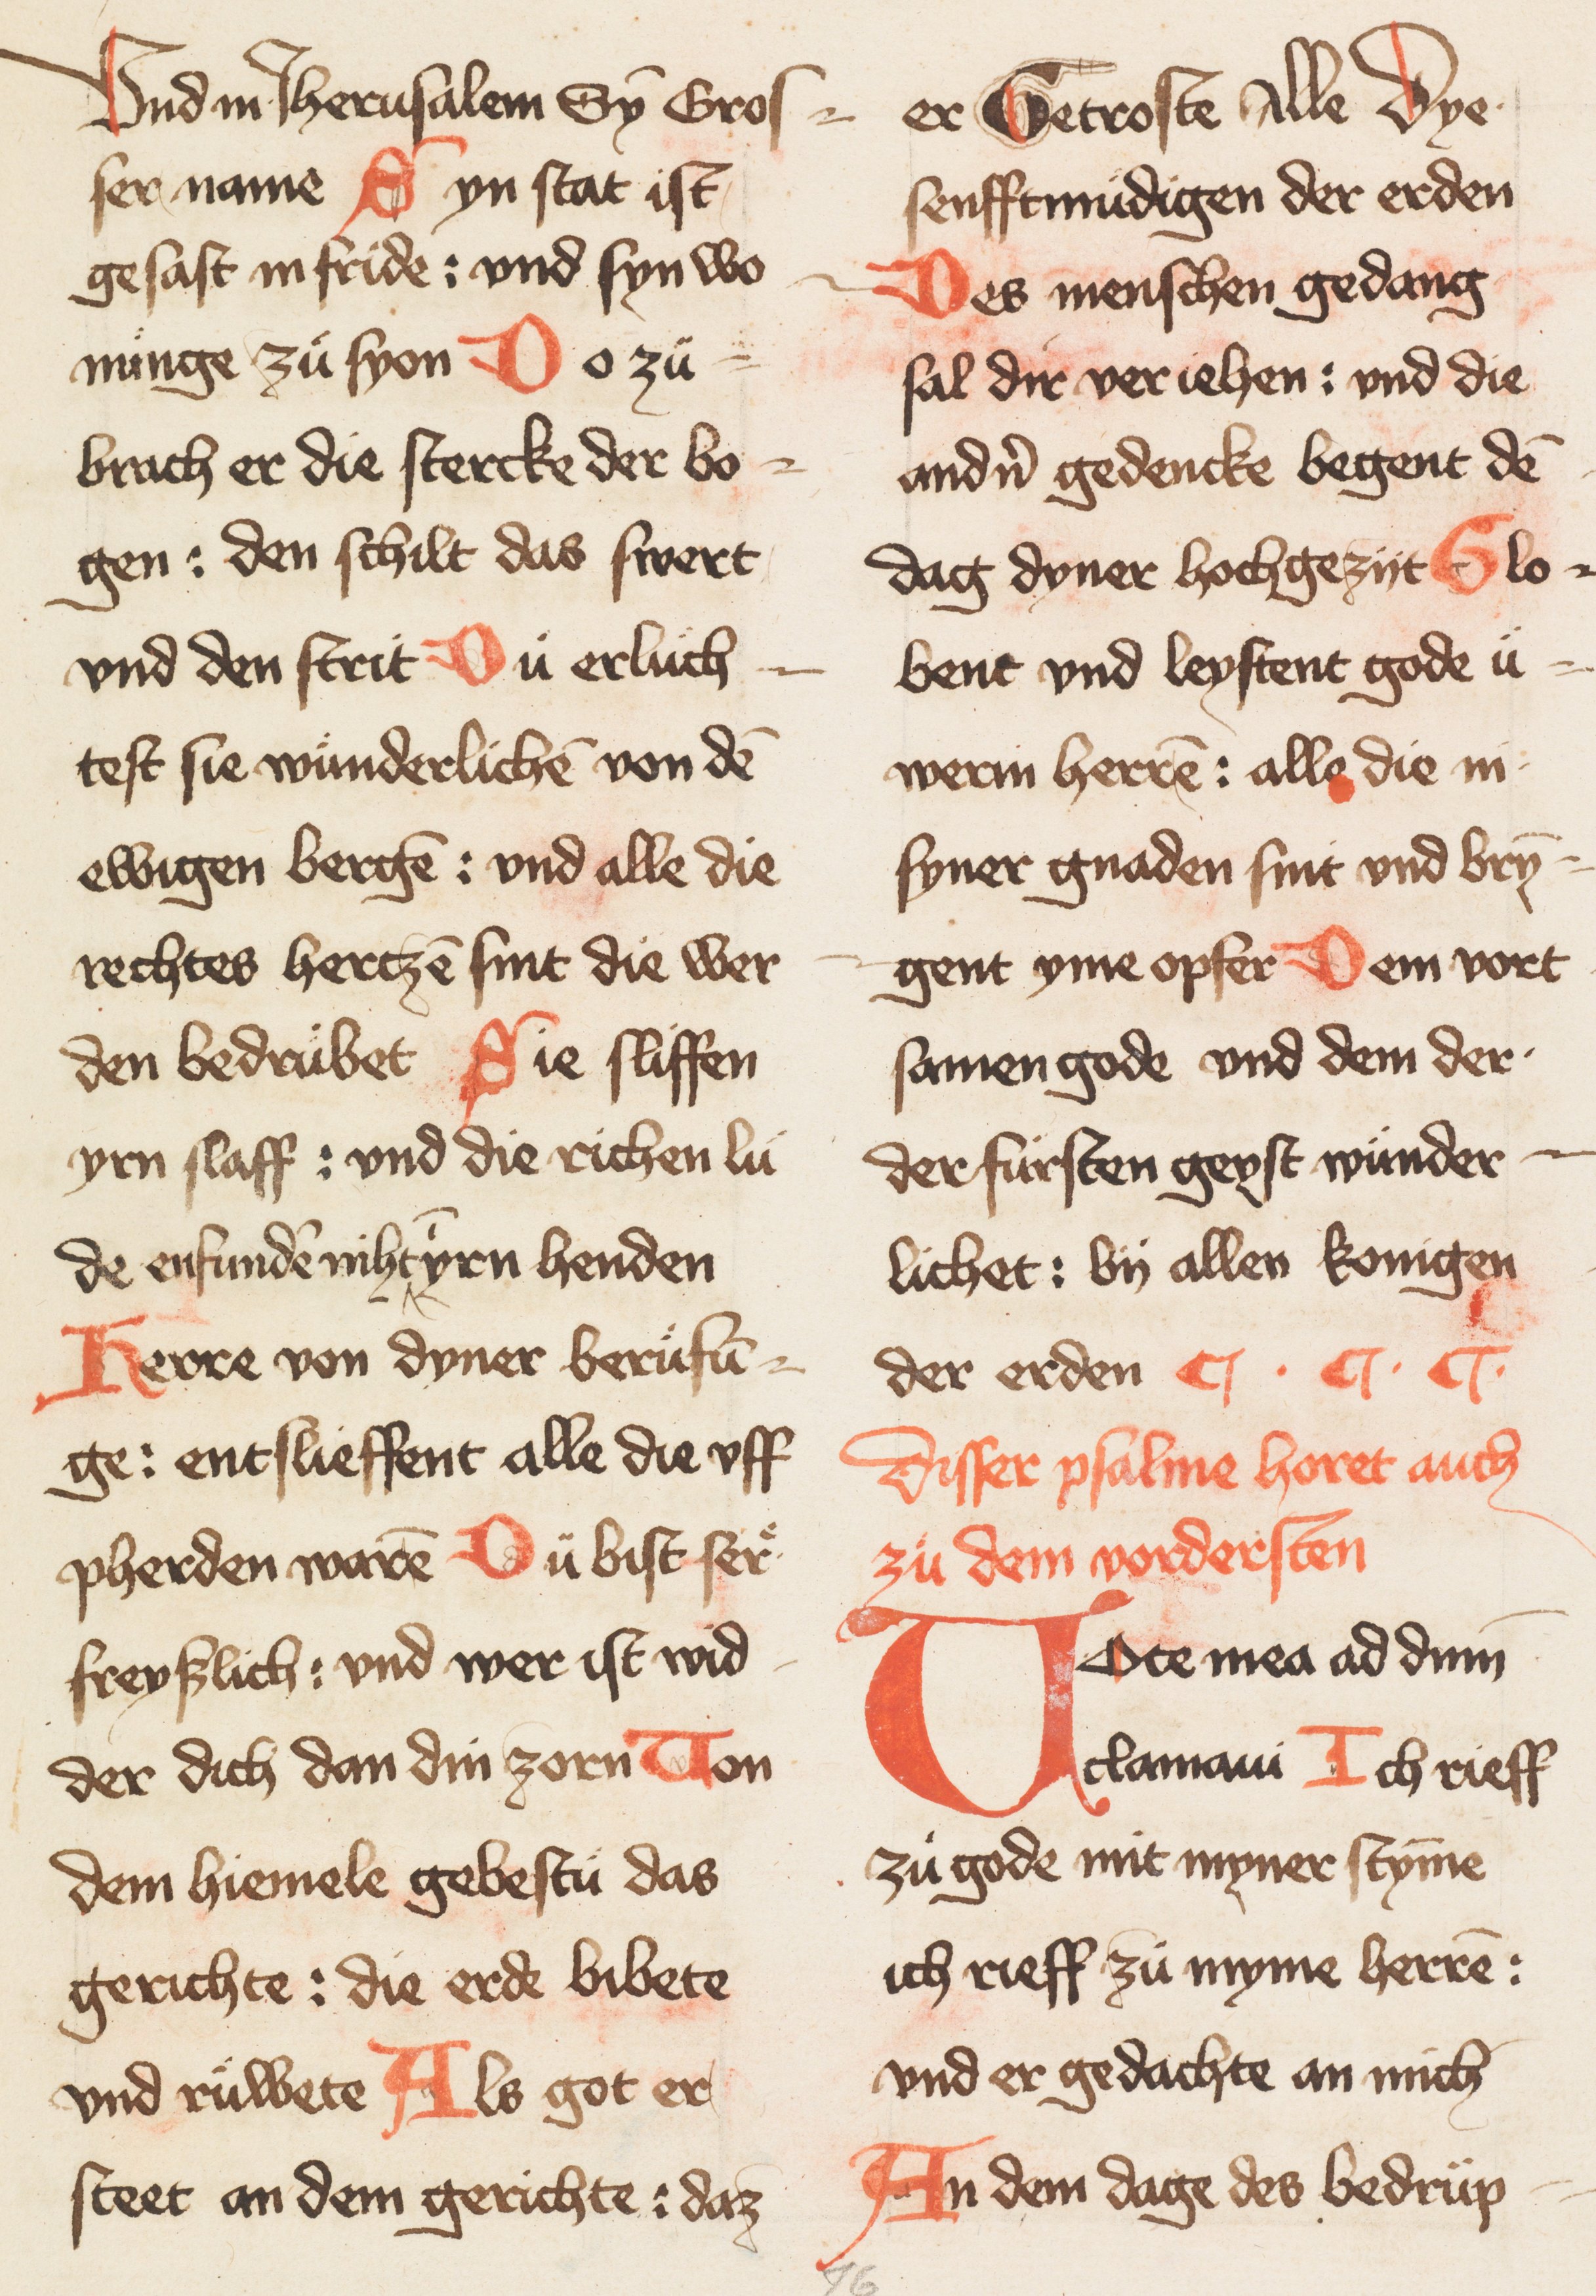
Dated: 1400–1424